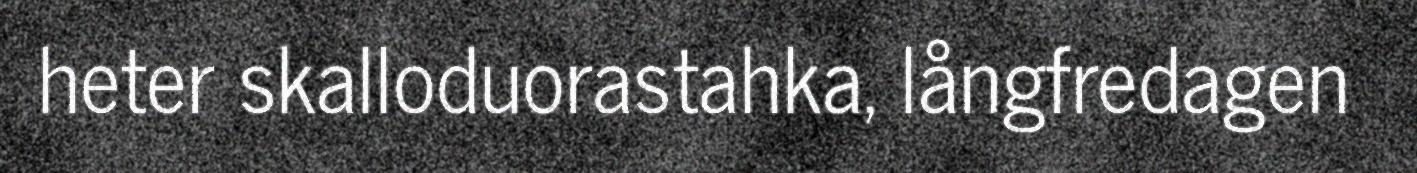
heter skalloduorastahka, långfredagen